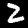
Label: 2